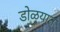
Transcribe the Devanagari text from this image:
डोळयात